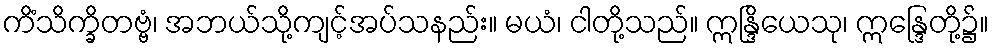
ကိံသိက္ခိတဗ္ဗံ၊ အဘယ်သို့ကျင့်အပ်သနည်း။ မယံ၊ ငါတို့သည်။ ဣန္ဒြိယေသု၊ ဣန္ဒြေတို့၌။